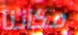
مكاننا